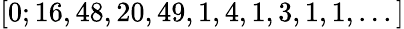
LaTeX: [0;16,48,20,49,1,4,1,3,1,1,...]